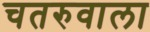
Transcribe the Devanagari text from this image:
चतरुवाला